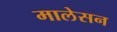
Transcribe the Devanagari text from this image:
मालेसन